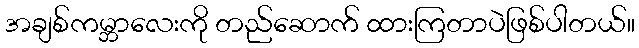
အချစ်ကမ္ဘာလေးကို တည်ဆောက် ထားကြတာပဲဖြစ်ပါတယ်။